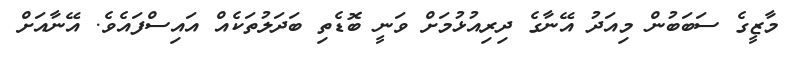
މާޒީގެ ސަބަބުން މިއަދު އޭނާގެ ދިރިއުޅުމަށް ވަނީ ބޮޑެތި ބަދަލުތަކެއް އައިސްފައެވެ. އޭނާއަށް